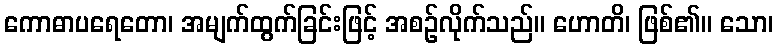
ကောဓာပရေတော၊ အမျက်ထွက်ခြင်းဖြင့် အစဉ်လိုက်သည်။ ဟောတိ၊ ဖြစ်၏။ သော၊